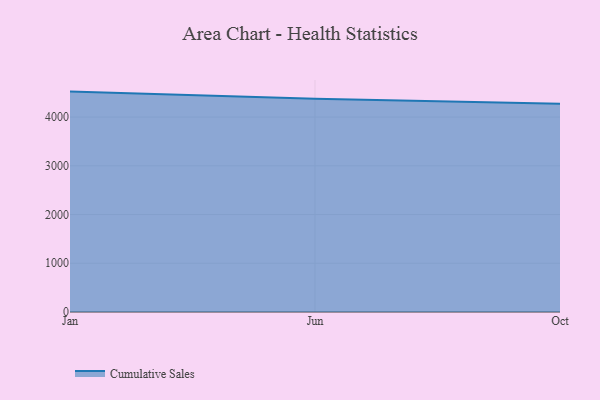
{"axis": {"x": "Month", "y": "Net Income (USD K)"}, "legend": ["Cumulative Sales"], "data": [{"x": "Jan", "y": 4522.6, "type": "Cumulative Sales"}, {"x": "Jun", "y": 4376.2, "type": "Cumulative Sales"}, {"x": "Oct", "y": 4274.7, "type": "Cumulative Sales"}]}